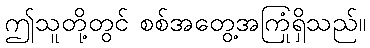
ဤသူတို့တွင် စစ်အတွေ့အကြုံရှိသည်။